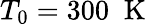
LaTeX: {{T}_{0}}=300\; \mathrm{~K~}